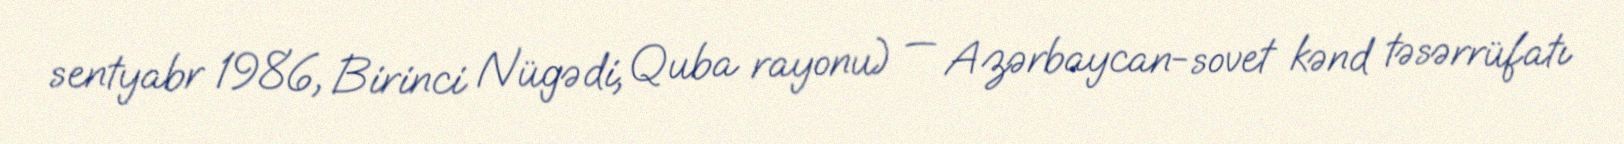
sentyabr 1986, Birinci Nügədi, Quba rayonu) — Azərbaycan-sovet kənd təsərrüfatı